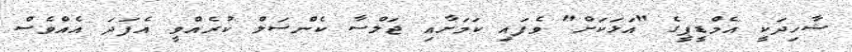
ޝާހިދަކީ އެމްޑީޕީގެ "އަޅަކަށް" ވެފައި ކަމަށާއި ޖަލްސާ ކެންސަލް ކުރެއްވީ އެފަދަ އެއްވެސް